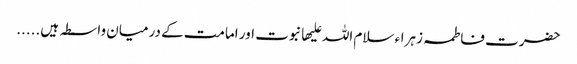
حضرت فاطمہ زہراء سلام اللہ علیھا نبوت اور امامت کے درمیان واسطہ ہیں.....